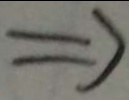
\Rightarrow